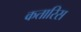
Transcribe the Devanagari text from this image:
कतारिस